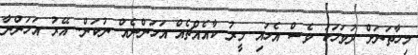
މިހާތަނަށް ދުވަހަކު ވެސް އެހައި މީރު ކާއެއްޗެއް އަހަންނެއް ނުކަން. އޭރު އަހަންނާ